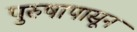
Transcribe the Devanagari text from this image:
पुरुषापासून